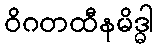
ဝိဂတထီနမိဒ္ဓါ